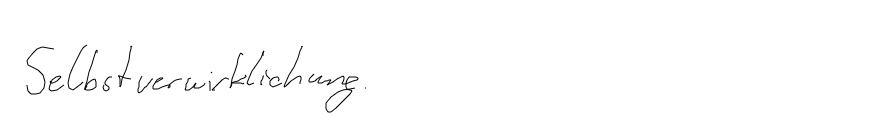
Selbstverwirklichung